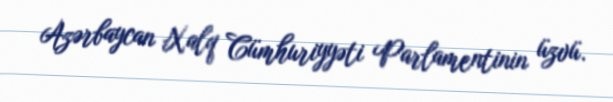
Azərbaycan Xalq Cümhuriyyəti Parlamentinin üzvü.